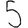
Digit: 5